Annual report of the Central Committee of the Association together with the report of the directors of the Pasteur Institute at Kasauli
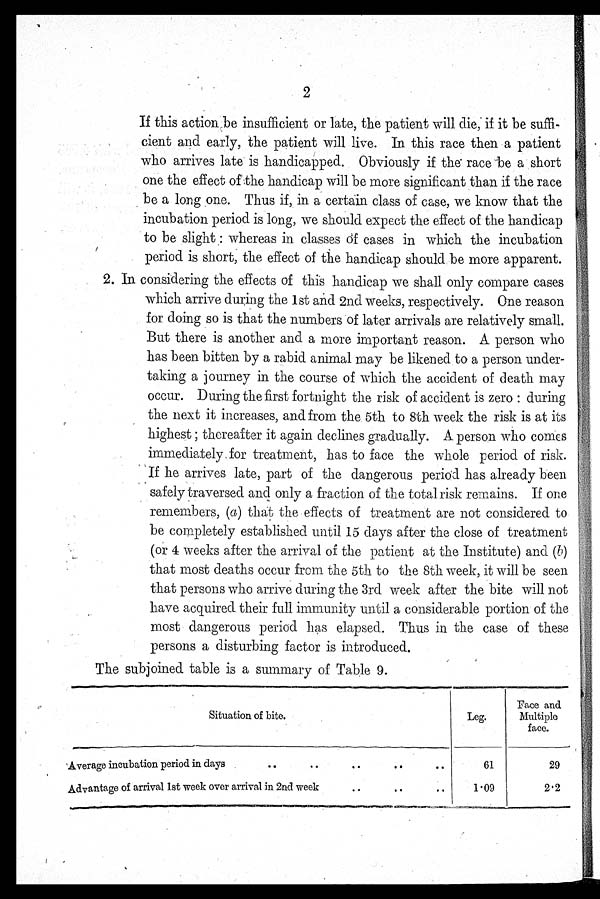
If this action be insufficient or late, the patient will die, if it be suffi
- c i e n t a n d e a r l y , t h e p a t i e n t w i l l l i v e . I n t h i s r a c e t h e n a p a t i e n t
who arrives late is handicapped. Obviously if the race be a short
one the effect of the handicap will be more significant than if the race
be a long one. Thus if, in a certain class of case, we know that the
incubation period is long, we should expect the effect of the handicap
to be slight: whereas in classes of cases in which the incubation
period is short, the effect of the handicap should be more apparent.
2. In considering the effects of this handicap we shall only compare cases
which arrive during the 1st and 2nd weeks, respectively. One reason
for doing so is that the numbers of later arrivals are relatively small.
But there is another and a more important reason. A person who
has been bitten by a rabid animal may be likened to a person under
- t a k i n g a j o u r n e y i n t h e c o u r s e o f w h i c h t h e a c c i d e n t o f d e a t h m a y
occur. During the first fortnight the risk of accident is zero: during
the next it increases, and from the 5th to 8th week the risk is at its
highest; thereafter it again declines gradually. A person who comes
immediately for treatment, has to face the whole period of risk.
If he arrives late, part of the dangerous period has already been
safely traversed and only a fraction of the total risk remains. If one
remembers, (a) that the effects of treatment are not considered to
be completely established until 15 days after the close of treatment
(or 4 weeks after the arrival of the patient at the Institute) and ( b)
that most deaths occur from the 5th to the 8th week, it will be seen
that persons who arrive during the 3rd week after the bite will not
have acquired their full immunity until a considerable portion of the
most dangerous period has elapsed. Thus in the case of these
persons a disturbing factor is introduced.
The subjoined table is a summary of Table 9.
Situation of bite.
Leg.
Face and
Multiple
face.
Average incubation period in days . . .
61
29
Advantage of arrival lst week over arrival in 2nd week . . .
1.09
2.2